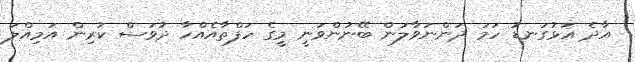
އާދެ އަޅުގަނޑު ހަމަ ދަންނަވާލަން ބޭނުންވަނީ މީގެ ހަފްތާއެއްހާ ދުވަސް ކުރިން އަމިއްލަ